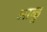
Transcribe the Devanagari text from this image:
आळु